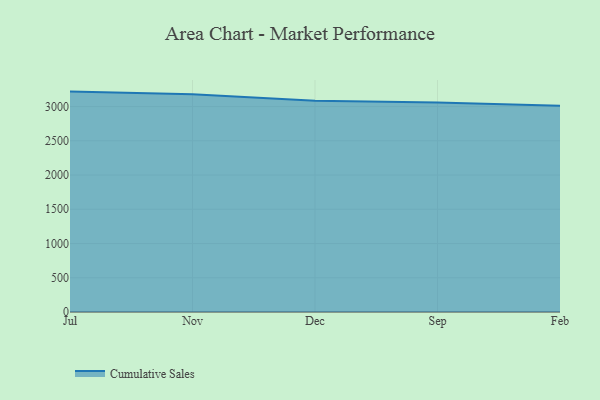
{"axis": {"x": "Month", "y": "Inventory Turnover"}, "legend": ["Cumulative Sales"], "data": [{"x": "Jul", "y": 3218.3, "type": "Cumulative Sales"}, {"x": "Nov", "y": 3178.6, "type": "Cumulative Sales"}, {"x": "Dec", "y": 3086.4, "type": "Cumulative Sales"}, {"x": "Sep", "y": 3058.4, "type": "Cumulative Sales"}, {"x": "Feb", "y": 3011.4, "type": "Cumulative Sales"}]}